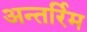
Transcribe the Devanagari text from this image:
अन्तर्रिम